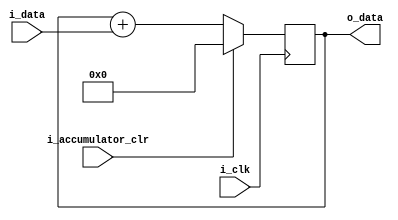
module accumulator (
    input i_clk,
    input i_accumulator_clr,
    input   wire signed  [31:0]  i_data,
    output  reg  signed  [31:0]  o_data
);
always @(posedge i_clk) begin
    if(i_accumulator_clr) begin
        o_data <= 0;
    end
    else begin
        o_data <= o_data + i_data;
    end
end
endmodule